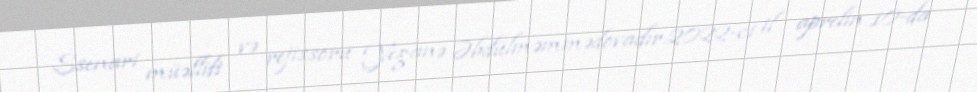
Ssenari müəllifi və rejissoru Yeganə Əbdülməmmədovadır.2022-ci il aprelin 10-da